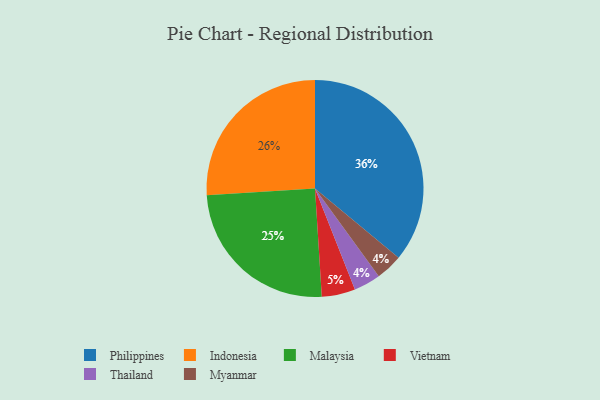
{"axis": {"x": "Category", "y": "Percentage"}, "legend": ["Indonesia", "Malaysia", "Myanmar", "Philippines", "Thailand", "Vietnam"], "data": [{"x": "Vietnam", "y": 5, "type": "Vietnam"}, {"x": "Philippines", "y": 36, "type": "Philippines"}, {"x": "Malaysia", "y": 25, "type": "Malaysia"}, {"x": "Indonesia", "y": 26, "type": "Indonesia"}, {"x": "Thailand", "y": 4, "type": "Thailand"}, {"x": "Myanmar", "y": 4, "type": "Myanmar"}]}